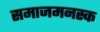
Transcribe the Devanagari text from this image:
समाजमनस्क